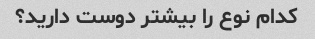
کدام نوع را بیشتر دوست دارید؟